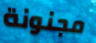
مجنونة